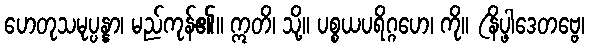
ဟေတုသမုပ္ပန္နာ၊ မည်ကုန်၏။ ဣတိ၊ သို့။ ပစ္စယပရိဂ္ဂဟေ၊ ကို။ (နိပ္ဖါဒေတဗ္ဗေ၊